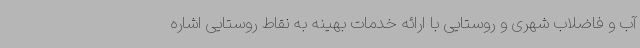
آب و فاضلاب شهری و روستایی با ارائه خدمات بهینه به نقاط روستایی اشاره